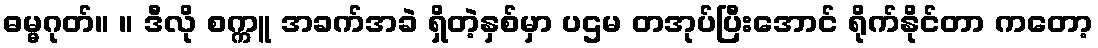
ဓမ္မဂုတ်။ ။ ဒီလို စက္ကူ အခက်အခဲ ရှိတဲ့နှစ်မှာ ပဌမ တအုပ်ပြီးအောင် ရိုက်နိုင်တာ ကတော့